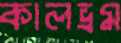
কালভ্রম